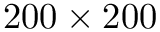
2 0 0 \times 2 0 0